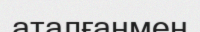
аталғанмен